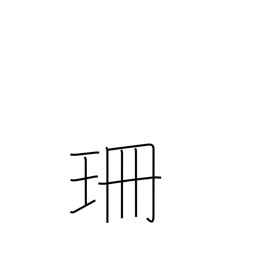
Meaning: centimeter